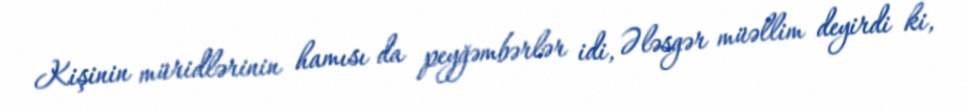
Kişinin müridlərinin hamısı da peyğəmbərlər idi, Ələsgər müəllim deyirdi ki,